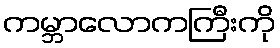
ကမ္ဘာလောကကြီးကို